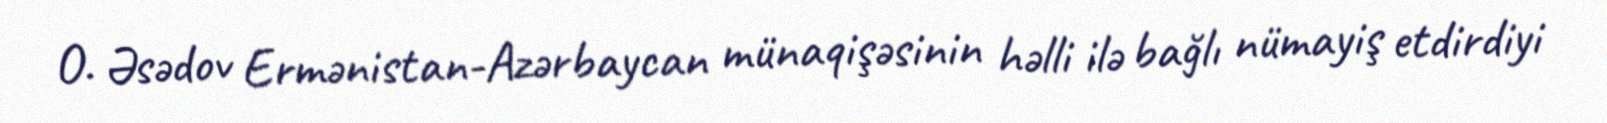
O. Əsədov Ermənistan-Azərbaycan münaqişəsinin həlli ilə bağlı nümayiş etdirdiyi